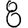
Digit: 8